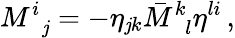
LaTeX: M_{\, \, \, \mathit{j}}^{i}=-\eta_{\mathit{j}k}\bar{{M}}_{\, \, \, l}^{k}\eta^{li}\, ,